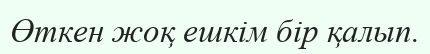
Өткен жоқ ешкім бір қалып.